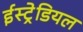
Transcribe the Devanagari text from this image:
ईस्ट्रेडियल